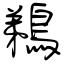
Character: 鵜